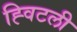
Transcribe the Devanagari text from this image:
ह्विटली